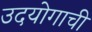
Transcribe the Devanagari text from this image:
उदयोगाची